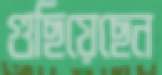
গুছিয়েছেন